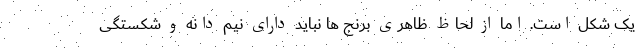
یک شکل است. اما از لحاظ ظاهری برنج ها نباید دارای نیم دانه و شکستگی